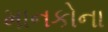
માનકોના